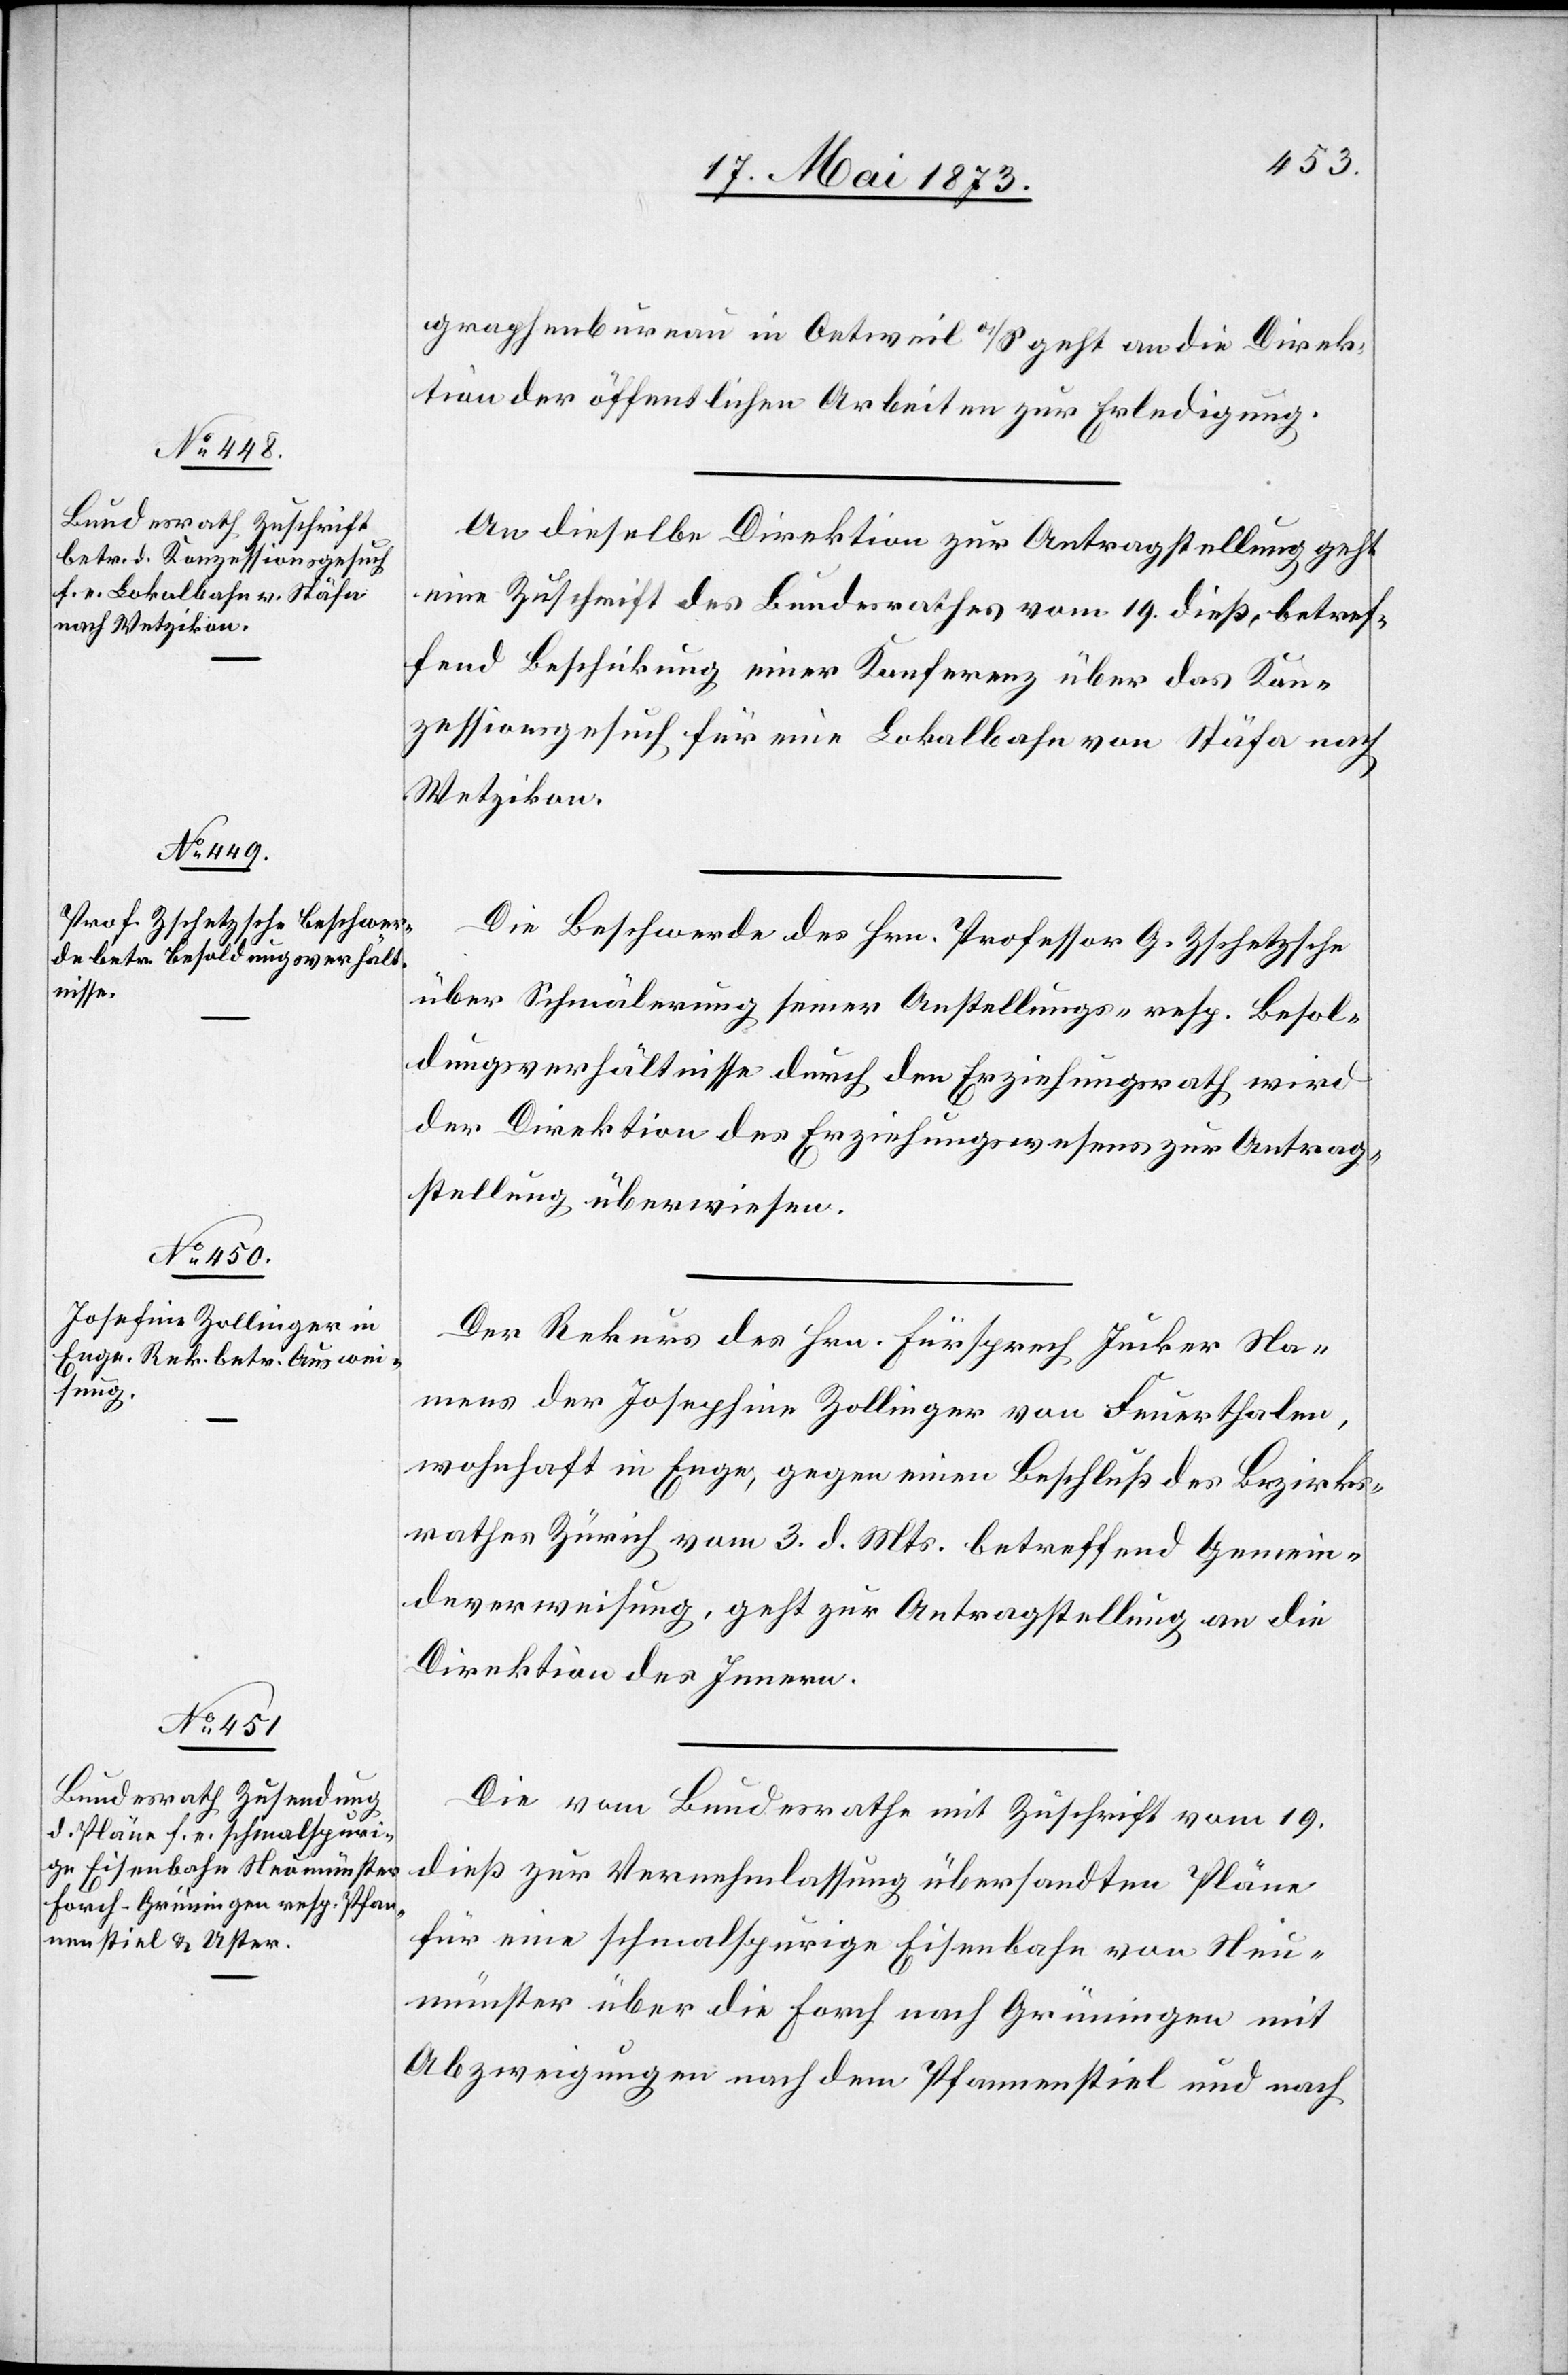
21. Mai 1873]
graphenbureau in Oetweil a/S geht an die Direk¬
tion der öffentlichen Arbeiten zur Erledigung.
An dieselbe Direktion zur Antragstellung geht
eine Zuschrift des Bundesrathes vom 19. dieß, betref¬
fend Beschickung einer Konferenz über das Kon¬
zessionsgesuch für eine Lokalbahn von Stäfa nach
Wetzikon.
Die Beschwerde des Hrn. Professor G. Zschetzsche
über Schmälerung seiner Anstellungs- resp. Besol¬
dungsverhältnisse durch den Erziehungsrath wird
der Direktion des Erziehungswesens zur Antrag¬
stellung überweisen.
Der Rekurs des Hrn. Fürsprech Jucker Na¬
mens der Josephine [sic!] Zollinger von Feuerthalen,
wohnhaft in Enge, gegen einen Beschluß des Bezirks¬
rathes Zürich vom 3. d. Mts. betreffend Gemein¬
deverweisung, geht zur Antragstellung an die
Direktion des Innern.
Die vom Bundesrath mit Zuschrift vom 19.
dieß zur Vernehmlassung übersandten Pläne
für eine schmalspurige Eisenbahn von Neu¬
münster über die Forch nach Grüningen mit
Abzweigungen nach dem Pfannenstiel und nach